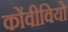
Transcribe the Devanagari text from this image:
कोंवीवियो